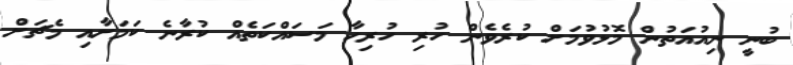
ބުނީ ނިއުއަތުން މޮޅުވުމަށް ކުރެވެން ހުރި ހުރިހާ މަސައްކަތެއް ކުރާނެ ކަމަށާއި މެޗަށް